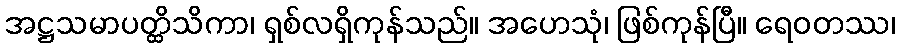
အဋ္ဌသမာပတ္ထိသိကာ၊ ရှစ်လရှိကုန်သည်။ အဟေသုံ၊ ဖြစ်ကုန်ပြီ။ ရေဝတဿ၊